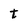
Character: t